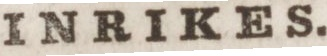
INRIKES.